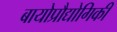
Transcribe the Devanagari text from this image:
बायोप्रौद्योगिकी